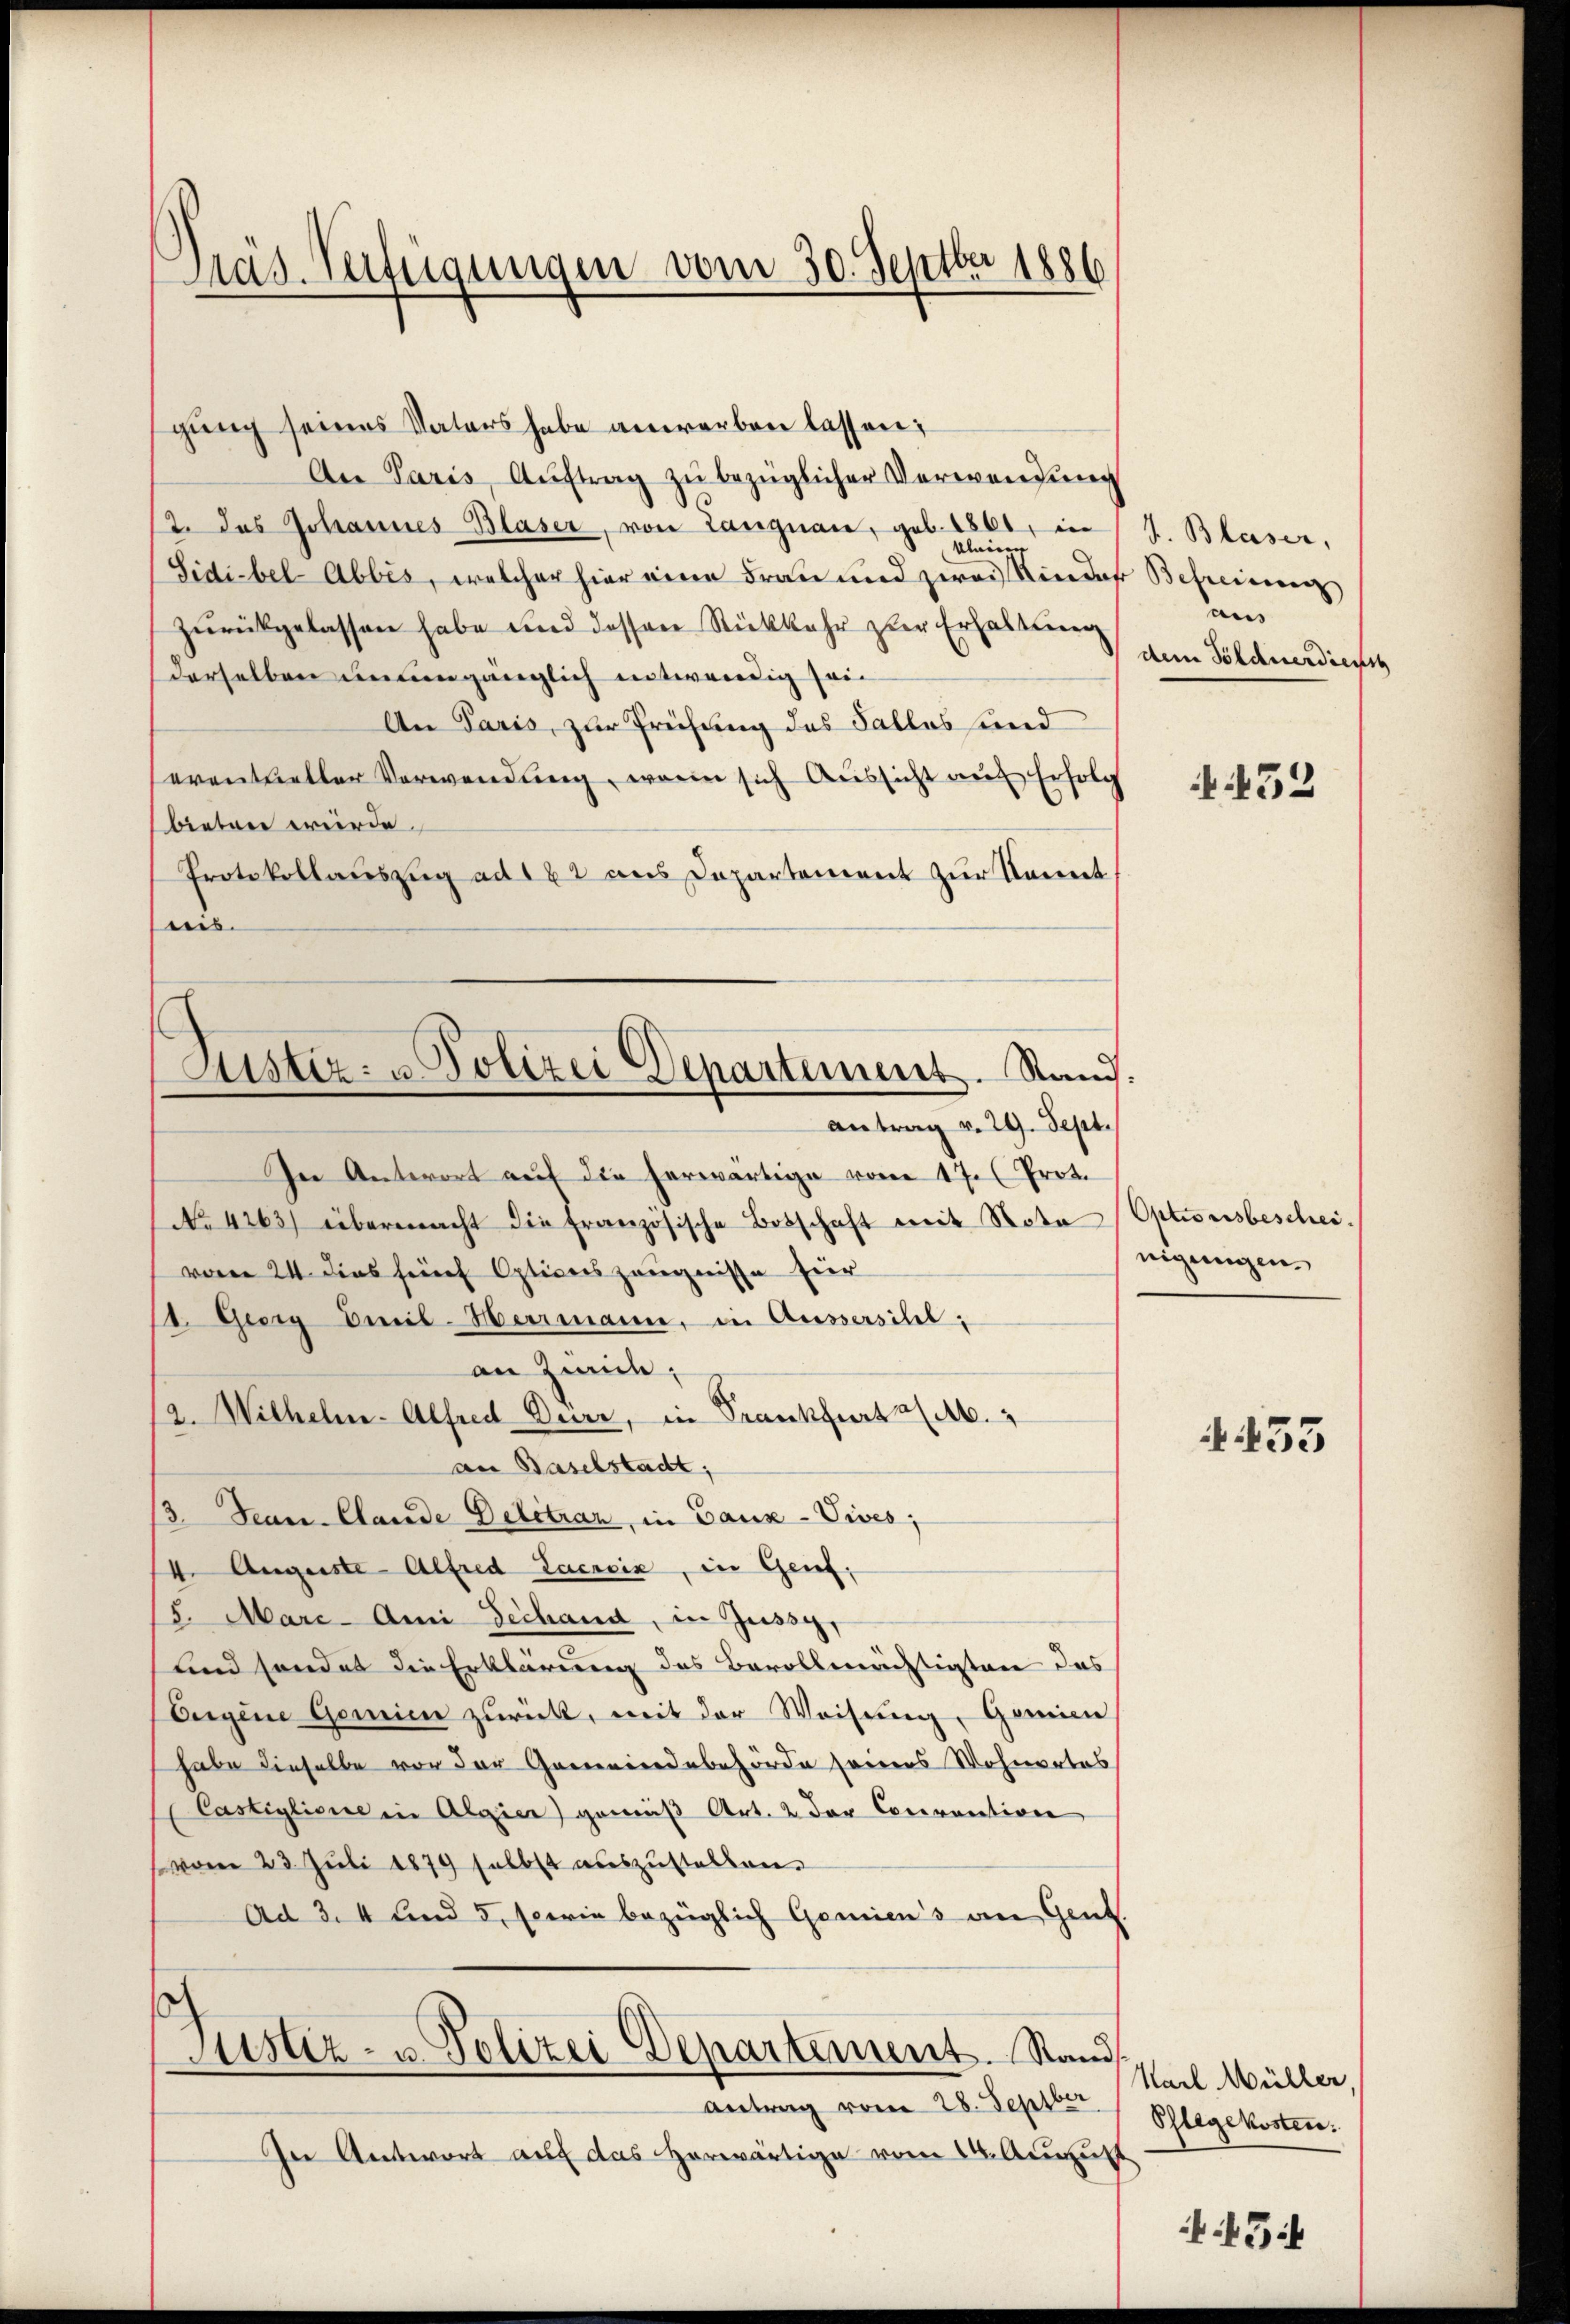
Präs. Verfügungen vom 30. Septber 1886

gung seines Vaters habe anwerben lassen:
An Paris, Auftrag zu bezüglicher Verwendung
2. das Johannes Blaser, von Langnau, geb. 1861, in
kleinen |
Sidibel-Abbes, welcher hier eine Frau und zwai Kinder Betreinen
zurückgelassen habe und dessen Rückkehr zur Erhaltung
derselben unumgänglich entwendig sein
An Paris, zur Prüfung des Salles sind
eventueller Verwendung, wenn sich Aussicht auf Erfolg
bieten würde.
Protokollauszug ad 162 aus Departement zur Sonnt
reis.
In Antwort auf die herwärtige vom 17. (Prot.
No 4263) übermacht die französische Botschaft mit Nota
vom 24. dies früh Optionszeugnisse für
1. Georg Emil-Herrmann, in Aussersihl,
an Zwick;
12. Wilhelm. Alfred Derr, in Frankfurt a/M.
an Baselstadt,
3. Jean Claude Delétran, in Gaux-Vives;
4. Auguste Alfred Lacroix, in Genf;
5. Mari-Ami Zechand, in Zussy,
und sonder die Erklärung des Bevollmächtigten das
Eugene Gemien zurück, mit der Weisung, Gemein
habe dieselbe vor der Gemeindebehörde seiners Wohnortes
Castiglione in Algier) gemäß Art. 2 der Convention
(vom 23. Juli 1879 selbst auszustellen.
Ad 3. 4 und 5, sowie bezüglich Geniens an Gent.
Justiz- u. Polizei Departement. Stand
antrag vom 28. Septber
In Antwort auf das Herwärtige vom 14. August

Justiz- u Polizei Departement. Rand.
Antrag v. 29. Sept.

J. Blaser,
aus
dem Söldnerdienst

32

Optionsbescheinigungen.

433

Karl Müller,
Pflegekosten.

3